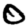
Digit: 0